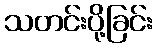
သတင်းပို့ခြင်း